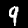
Label: 9